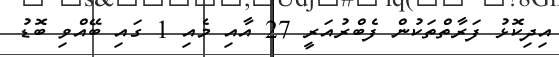
އިދިކޮޅު ފަރާތްތަކުން ފެބްރުއަރީ 27 އާއި މެއި 1 ގައި ބޭއްވި ބޮޑު